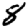
Digit: 8